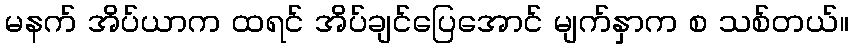
မနက် အိပ်ယာက ထရင် အိပ်ချင်ပြေအောင် မျက်နှာက စ သစ်တယ်။